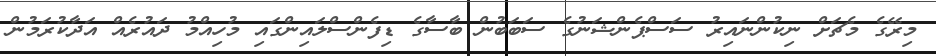
މިރޭގެ މެޗަށް ނިކުންނައިރު ސަސްޕެންޝަނުގެ ސަބަބުން ބާސާގެ ޑިފެންސްލައިންގައި މުހިއްމު ދައުރެއް އަދާކުރަމުން